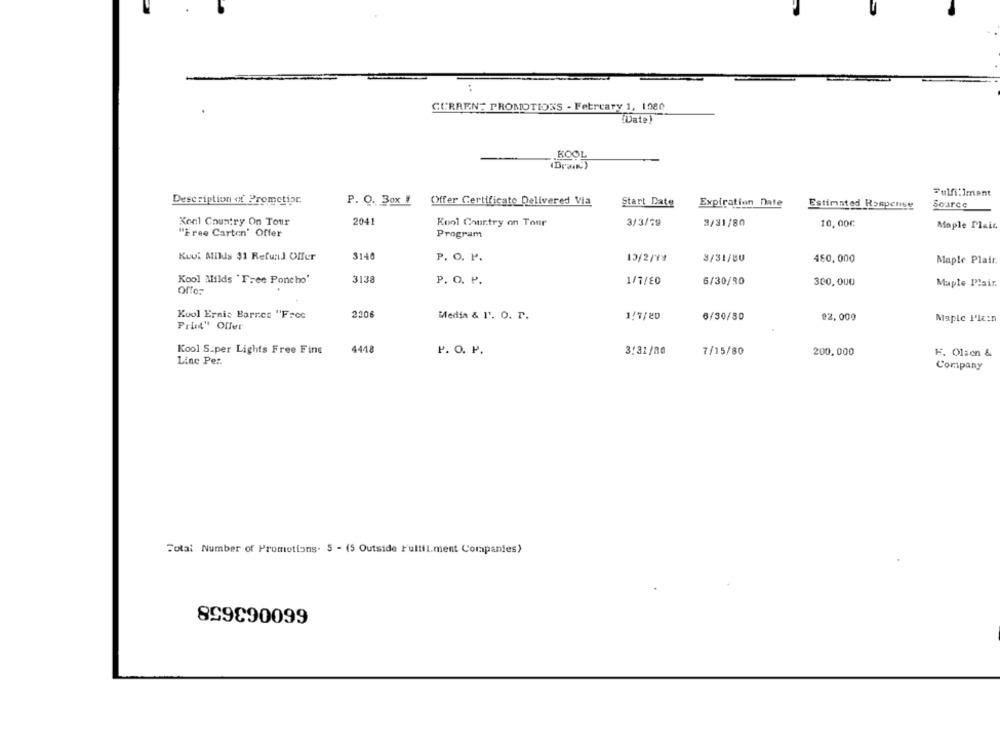
CURRENT PROMOTIONS - Fetreaty 1, 1980
[Date)
KOOL
Fulfillment
Description of Prometiar.
P. O. Box !
Offer Certificato Delivered Via
Start Date
Expiration Date
Estimated Rosperige
Source
Kenl Country On Tour
2041
Konl Country on Tour
3/3/79
3/31/80
10,00€
Maple Plait.
"Free Carton' Offer
Program
Kovi Milus $1 Refuil Offer
3140
P. O. P.
13/2/13
3/31/CU
480,000
Maple Plair.
3138
Kool Milds "Free Poncho'
P. O. P.
1/7/80
6/30/90
300,000
Maple Plair
Offer
Kool Ernic Barres "Free
220
Media & I'. O. r.
1/7/20
6/30/50
92,000
Maple I'le:n
Print" Offer
Kool S:per Lights Free Fine
4448
P. O. P.
3:31/80
7/15/80
200.000
H. Olsen &
Line Per
Company
Total Number of Promotions. 5 - (5 Outside Fullil.ment Companies)
899890099